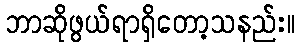
ဘာဆိုဖွယ်ရာရှိတော့သနည်း။